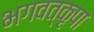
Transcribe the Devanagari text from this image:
भगवत्कृपा